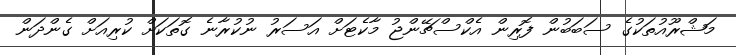
މަޝްރޫއުތަކުގެ ސަބަބުން ފޮރިން އެކްސްޗޭންޖު މާކެޓަށް އަސަރު ނުކުރާނެ ގޮތަކަށް ކުރިއަށް ގެންދަން